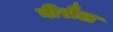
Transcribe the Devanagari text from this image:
बीरौल